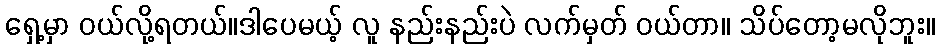
ရှေ့မှာ ဝယ်လို့ရတယ်။ဒါပေမယ့် လူ နည်းနည်းပဲ လက်မှတ် ဝယ်တာ။ သိပ်တော့မလိုဘူး။